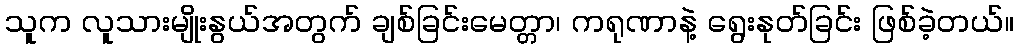
သူက လူသားမျိုးနွယ်အတွက် ချစ်ခြင်းမေတ္တာ၊ ကရုဏာနဲ့ ရွေးနုတ်ခြင်း ဖြစ်ခဲ့တယ်။